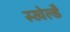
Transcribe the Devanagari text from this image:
स्खेल्डै